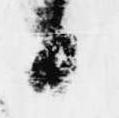
白